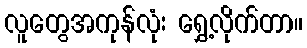
လူတွေအကုန်လုံး ရွှေ့လိုက်တာ။